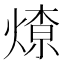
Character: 𱫽